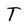
Character: T